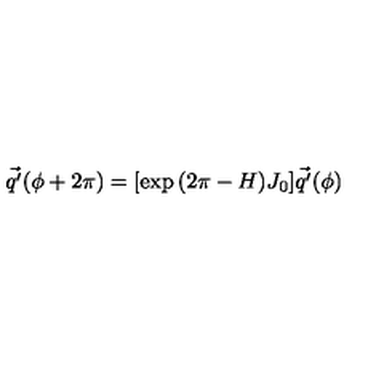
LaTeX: \vec { q ^ { \prime } } ( \phi + 2 \pi ) = [ \exp { ( 2 \pi - H ) J _ { 0 } } ] \vec { q ^ { \prime } } ( \phi )